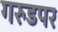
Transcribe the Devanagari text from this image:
गरुडपर